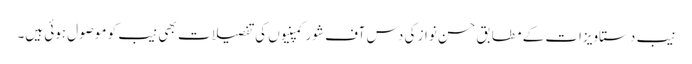
نیب دستاویزات کے مطابق حسن نواز کی دس آف شور کمپنیوں کی تفصیلات بھی نیب کو موصول ہوئی ہیں۔